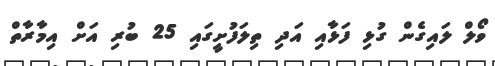
ވޯލް ލައިގެން ގުޅި ފަޅާއި އަދި ތިލަފުށީގައި 25 ބުރި އަށް އިމާރާތް